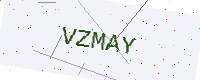
Text: VZMAY